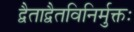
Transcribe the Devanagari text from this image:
द्वैताद्वैतविनिर्मुक्तः